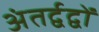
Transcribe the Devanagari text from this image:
अंतर्द्वद्वों